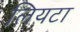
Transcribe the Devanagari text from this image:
लियटा